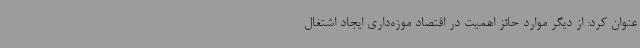
عنوان کرد: از دیگر موارد حائز اهمیت در اقتصاد موزه‌داری ایجاد اشتغال